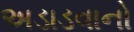
અડાડવાનો